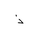
Letter: _thal